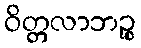
ဝိတ္တလာဘဉ္စ